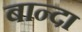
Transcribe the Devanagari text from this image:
बान्दा